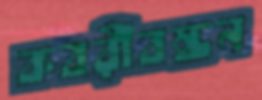
কবরীবন্ধন